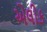
એલીક